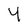
Character: 4